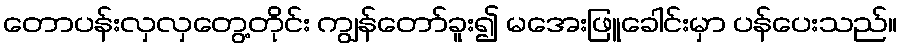
တောပန်းလှလှတွေ့တိုင်း ကျွန်တော်ခူး၍ မအေးဖြူခေါင်းမှာ ပန်ပေးသည်။